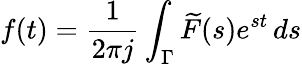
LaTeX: f(t)=\frac{1}{2\pi j}\int_{\Gamma}\widetilde{F}(s)e^{st}\, ds